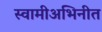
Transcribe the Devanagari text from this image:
स्वामीअभिनीत